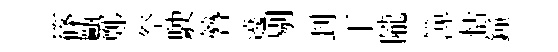
篠甌鄭祭駛簪遶剔刲丅隴𥱼恬鐘